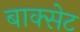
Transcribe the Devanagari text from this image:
बाक्सेट